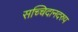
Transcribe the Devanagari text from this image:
सच्चिदानदरुप